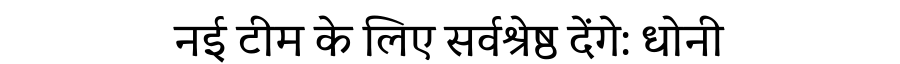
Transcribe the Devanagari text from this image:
नई टीम के लिए सर्वश्रेष्ठ देंगे: धोनी